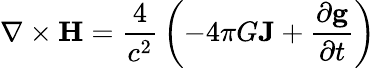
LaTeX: \nabla\times\mathbf{H}={\frac{4}{c^{2}}}\left(-4\pi G\mathbf{J}+{\frac{\partial\mathbf{g}}{\partial t}}\right)\,